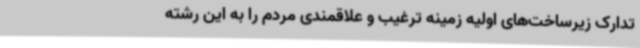
تدارک زیرساخت‌های اولیه زمینه ترغیب و علاقمندی مردم را به این رشته